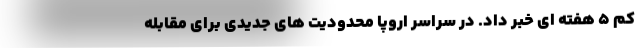
کم 5 هفته ای خبر داد. در سراسر اروپا محدودیت های جدیدی برای مقابله